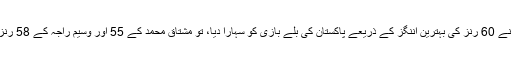
پاکستان کے کپتان ماجد خان تھے جنہوں نے 60 رنز کی بہترین اننگز کے ذریعے پاکستان کی بلے بازی کو سہارا دیا، تو مشتاق محمد کے 55 اور وسیم راجہ کے 58 رنز نے پاکستان کو 266 رنز تک پہنچا دیا۔